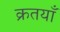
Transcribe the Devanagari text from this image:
क्रतयाँ